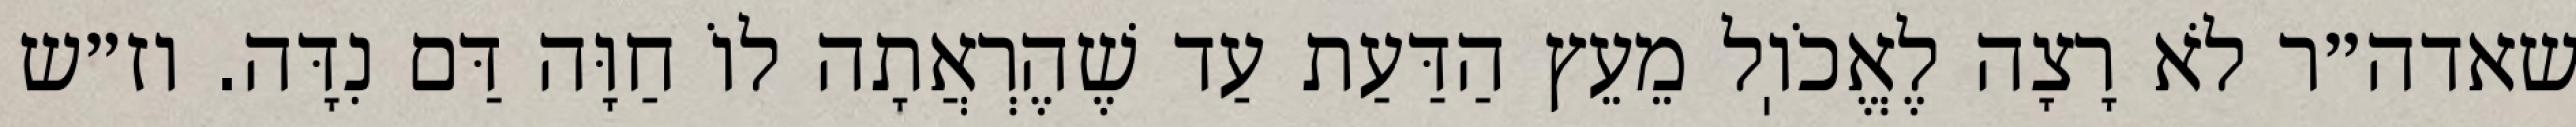
שאדה״ר לֹא רָצָה לֶאֱכֹוֽל מֵעֵץ הַדַּעַת עַד שֶׁהֶרְאֲתָה לוֹ חַוָּה דַּם נִדָּה. וז״ש